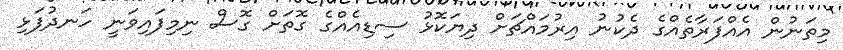
މިތަނުން އެއްފަރާތެއްގެ ދެކުނު އިރުމައްޗަށް ދިޔަކޮޅު ސިޑިއެއްގެ ގޮތަށް ގޮސް ނިމިފައިވަނީ ހަނދުފަޅި